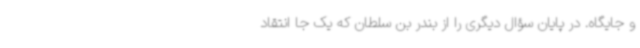
و جایگاه. در پایان سؤال دیگری را از بندر بن سلطان که یک جا انتقاد